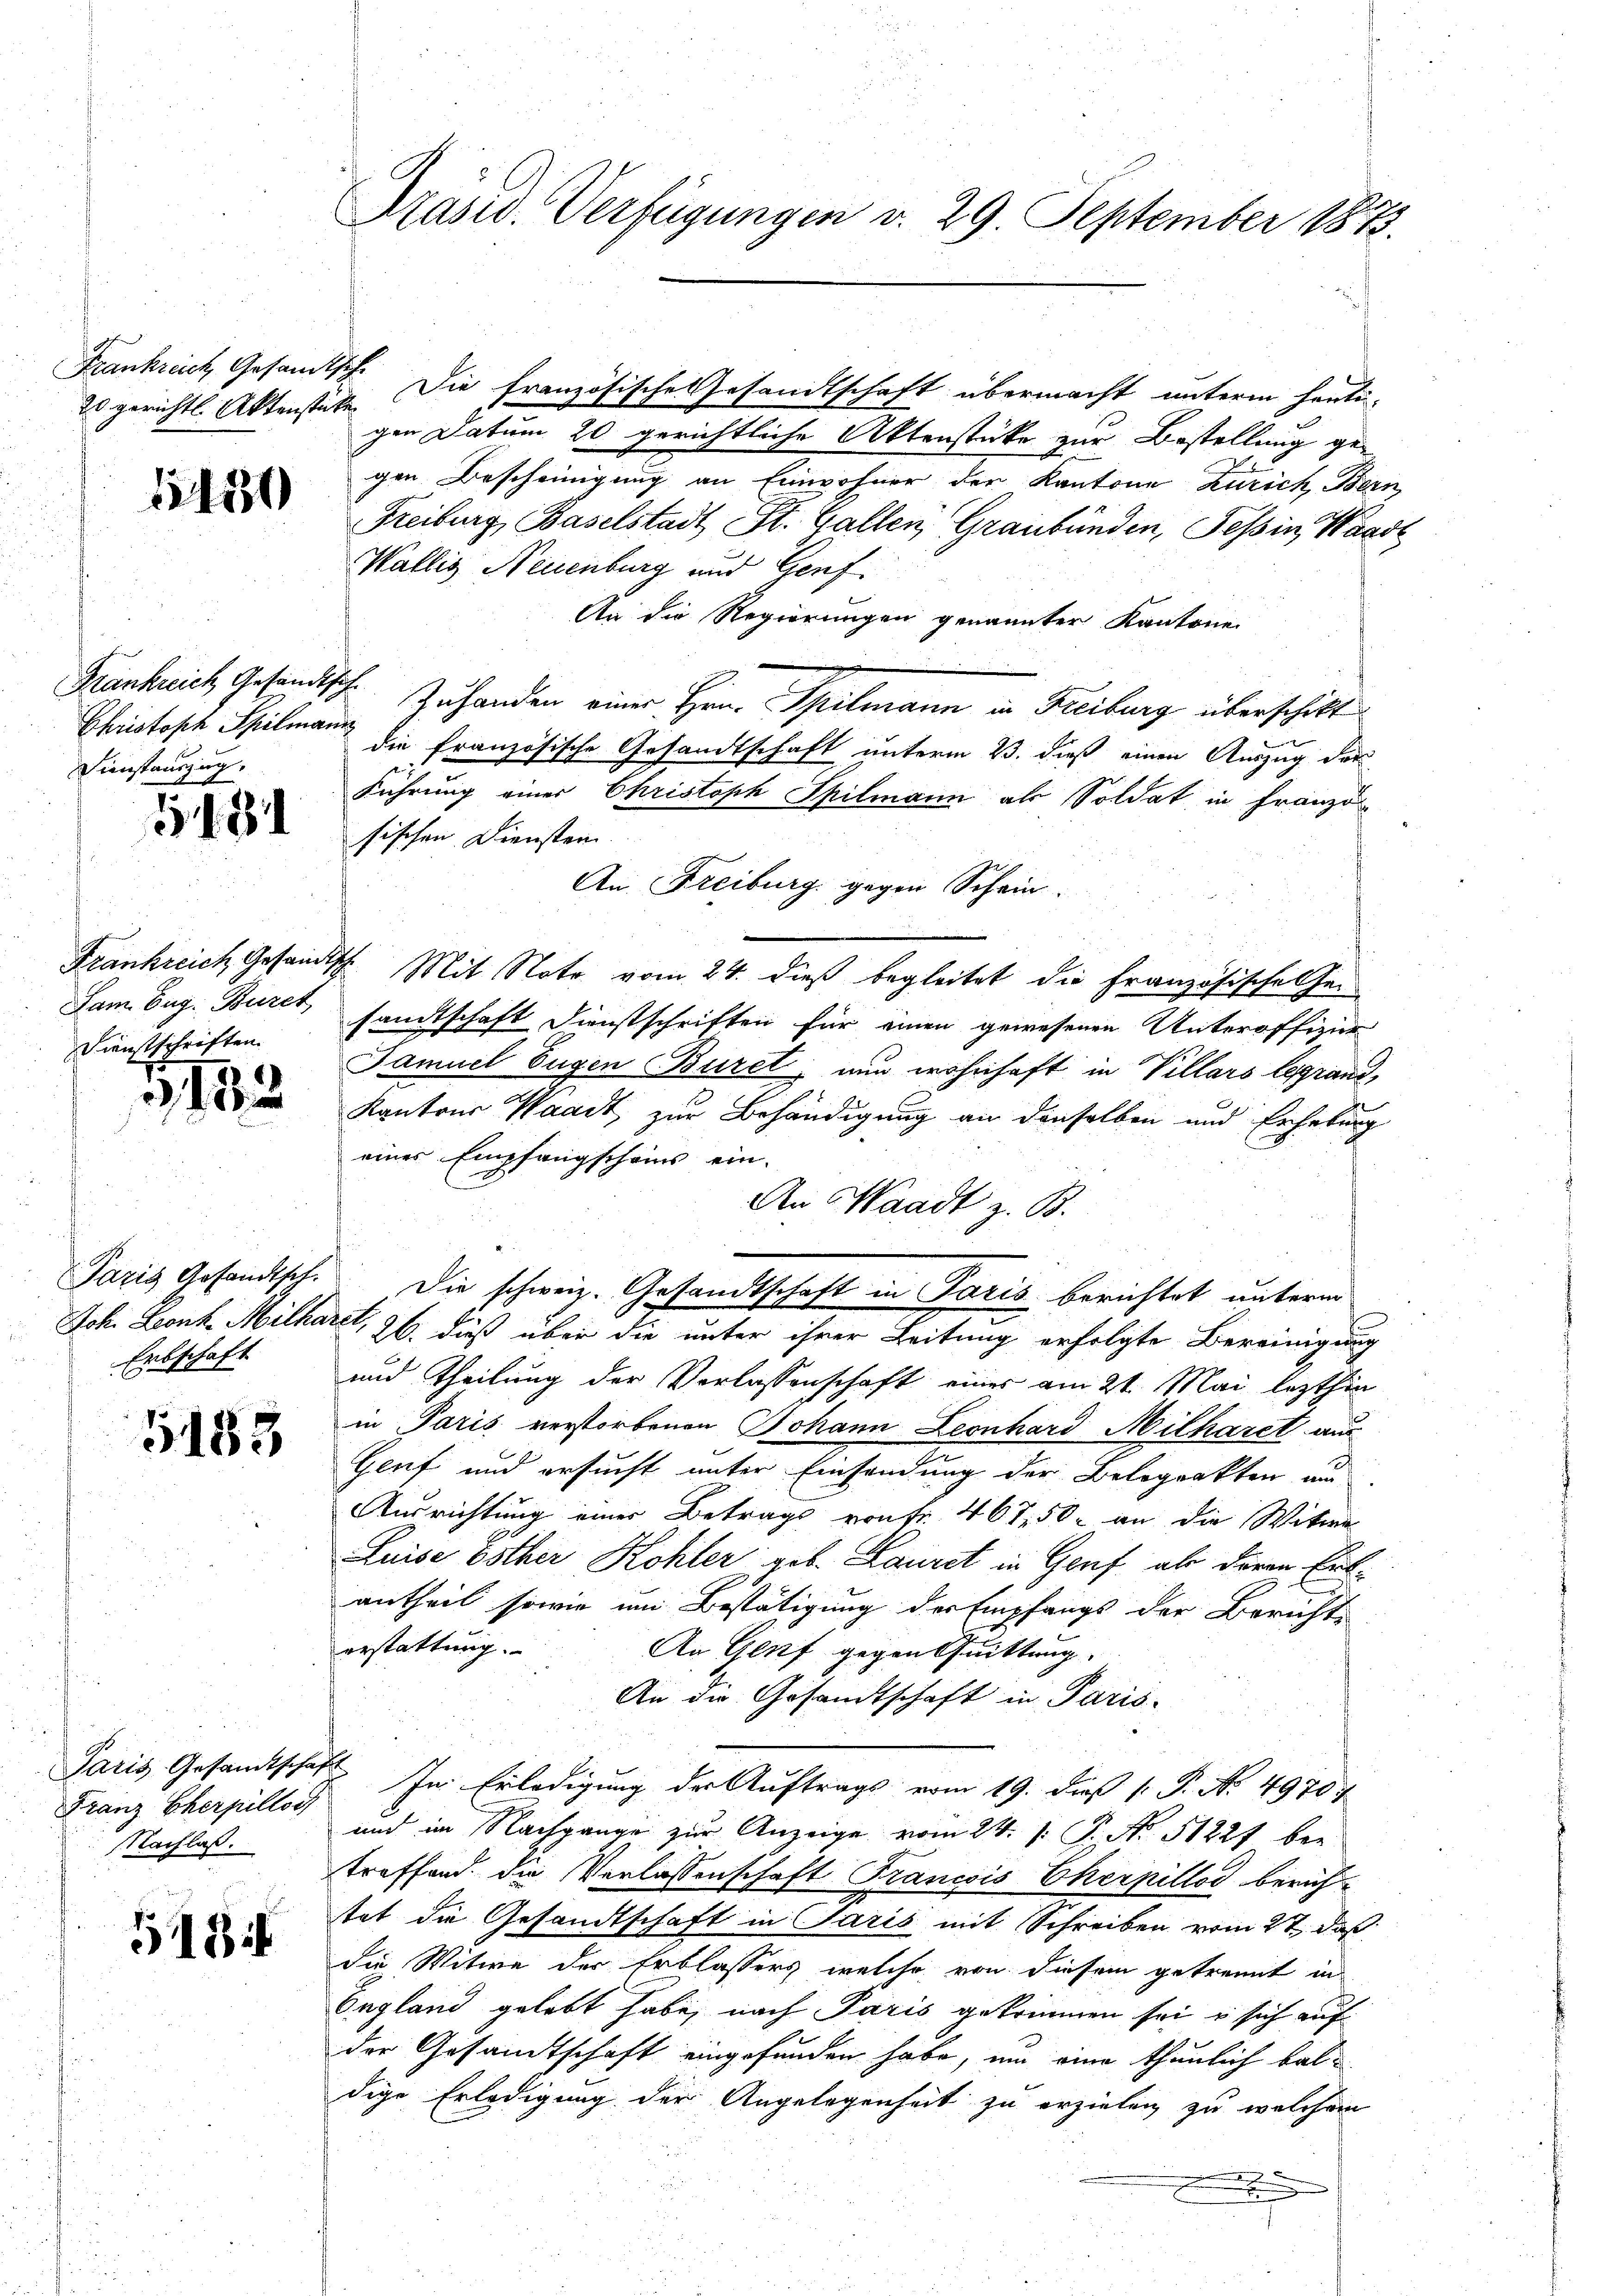
Frankreich, Gesandtsche

1450

Christoph Spilmann
Dienstauszug.

148

Sam. Eug: Büret,
Dienstschriften.

5123

Erbschaft

5183

Franz Cherpillos
Nachlaß.

518

Präsid. Verfügungen v. 29. September 1873.

gen Datum 20 gerichtliche Aktenstücke zur Bestellung ge-
gen Bescheinigung an Einwohner der Kantone Zürich, Bern,
Freiburg, Baselstadt St. Gallen, Graubünden, Teßin, Waadt
Wallis, Neuenburg und Genf.
An die Regierungen genannter Kantone
Frankreich Gesandtsch. Zuhanden einer Hrn. Spilmann in Freiburg überschikt
die französische Gesandtschaft unterm 23. dieß einen Auszug der
Führung einer Christoph Spilmann als Soldat in Französ
sischen Dienster.
An Freiburg gegen Schein.
Frankreich Gesandtsch. Mit Note vom 24. dieß begleitet die Französische hei
samtschaft Dienstschriften für einen gewesenen Unteroffizier
Samuel Eugen Burel nun wohnhaft in Villars begrand,
Kantons Waadt, zur Behändigung an denselben und Erhebung
eines Empfangscheins ein.
An Waadt z. B.
Paris Gesandtsch. Die schweiz. Gesandtschaft in Paris berichtet unterm
Joh. Leonz Milharzt, 26. dieß über die unter ihrer Leitung erfolgte Bereinigung
und Theilung der Verlassenschaft einer am 21. Mai lezthin
in Paris verstorbenen Johann Leonhard Milharet aus
Genf und ersucht unter Einsendung der Belograkten am
Ausrichtung einer Betrags von fr. 461,50 an die Witwe
Luise östher Kohler geb. Lauret in Genf als deren Erbantheil sowie um Bestätigung der Empfangs der Berichte
erstattung.
An Genf gegen Quittung.
An die Gesandtschaft in Paris-
Paris Gesandtschaft. In Erledigung der Auftrags vom 19. dieß 1. P. No. 4970
und im Nachgange zur Anzeige vom 24. 1. P. No. 51227 bei
treffend. Die Verlassenschaft Francis Cherpillod berichtat die Gesandtschaft in Paris mit Schreiben vom 27. daß
die Witwe der Erblassers, welche von diesem getrennt in
England gelebt habe, nach Paris gekommen sei u sich auf
der Gesandtschaft eingefunden habe, um eine thunlich baldige Erledigung der Angelegenheit zu erzielen zu welchem

2 gerichtl. Aktenstücke. Die französische Gesandtschaft übermacht unterm heuti¬